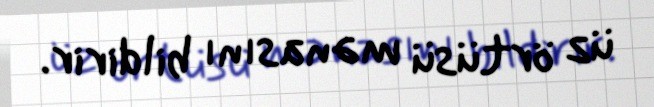
üz örtüsü mənasını bildirir.